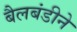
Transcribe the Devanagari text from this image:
बैलबंडीने